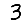
Digit: 3